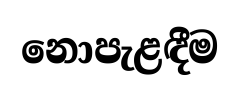
නොපැළඳීම